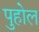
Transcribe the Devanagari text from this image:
पुहोल